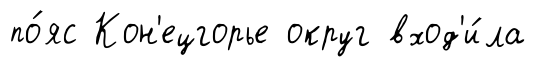
по́яс Кон'ецгорье округ вход'и́ла